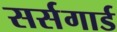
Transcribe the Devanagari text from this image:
सर्सगार्ड